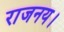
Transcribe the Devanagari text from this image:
राजनय।